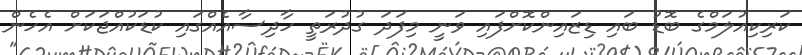
ކަރިކިއުލަމްގެ ބޮޑު ބައި ޑިޒައިންކޮށްފައި ވަނީ މިފަދަ ގުދުރަތީ ހާދިސާއެއްގައި ކުޑަކުއްޖަކަށް އެހެން